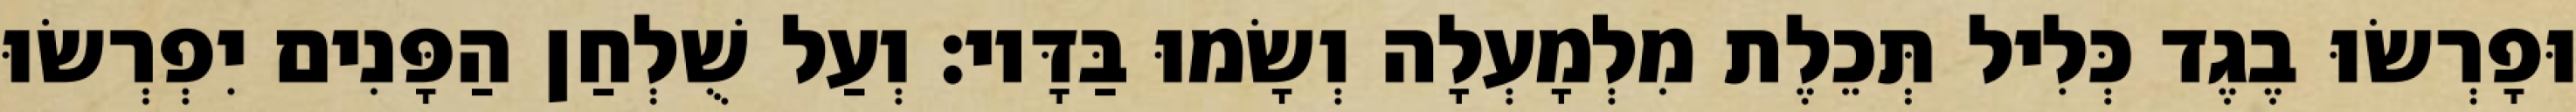
וּפָרְשׂוּ בֶגֶד כְּלִיל תְּכֵלֶת מִלְמָעְלָה וְשָׂמוּ בַּדָּיו׃ וְעַל שֻׁלְחַן הַפָּנִים יִפְרְשׂוּ